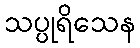
သပ္ပုရိသေန